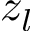
z _ { l }